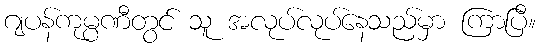
ဂျပန်ကုမ္ပဏီတွင် သူ အလုပ်လုပ်နေသည်မှာ ကြာပြီ။